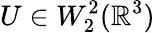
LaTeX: U\in W_{2}^{2}({\mathbb R}^{3})